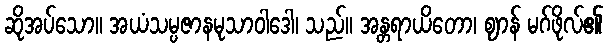
ဆိုအပ်သော။ အယံသမ္ပဇာနမုသာဝါဒေါ၊ သည်။ အန္တရာယိတော၊ ဈာန် မဂ်ဖိုလ်၏